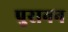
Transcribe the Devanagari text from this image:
पुरानन